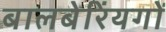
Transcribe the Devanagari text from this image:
बालबेरिंयगों